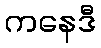
ကနေဒီ